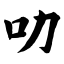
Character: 叻